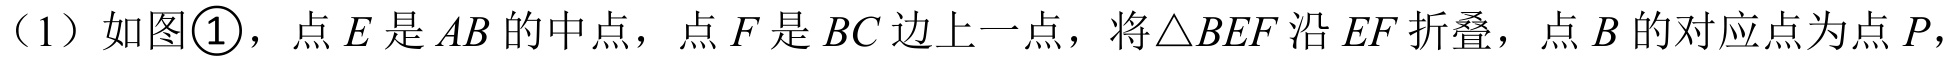
（1）如图\textcircled{1}，点\(E\)是\(AB\)的中点，点\(F\)是\(BC\)边上一点，将\(\triangle BEF\)沿\(EF\)折叠，点\(B\)的对应点为点\(P\)，